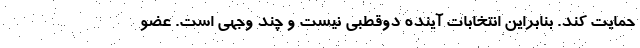
حمایت کند. بنابراین انتخابات آینده دوقطبی نیست و چند وجهی است. عضو